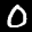
Label: 0